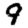
Digit: 9